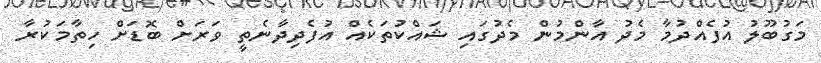
މަގުބޫލު އުފެއްދުމާ މެދު އާންމުން މެދުގައި ޝައްކުތަކެއް އުފެދިދާނެތީ ވަރަށް ބޮޑަށް ހިތާމަކުރާ